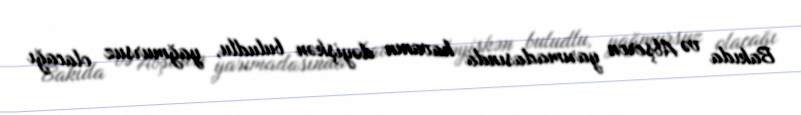
Bakıda və Abşeron yarımadasında havanın dəyişkən buludlu, yağmursuz olacağı